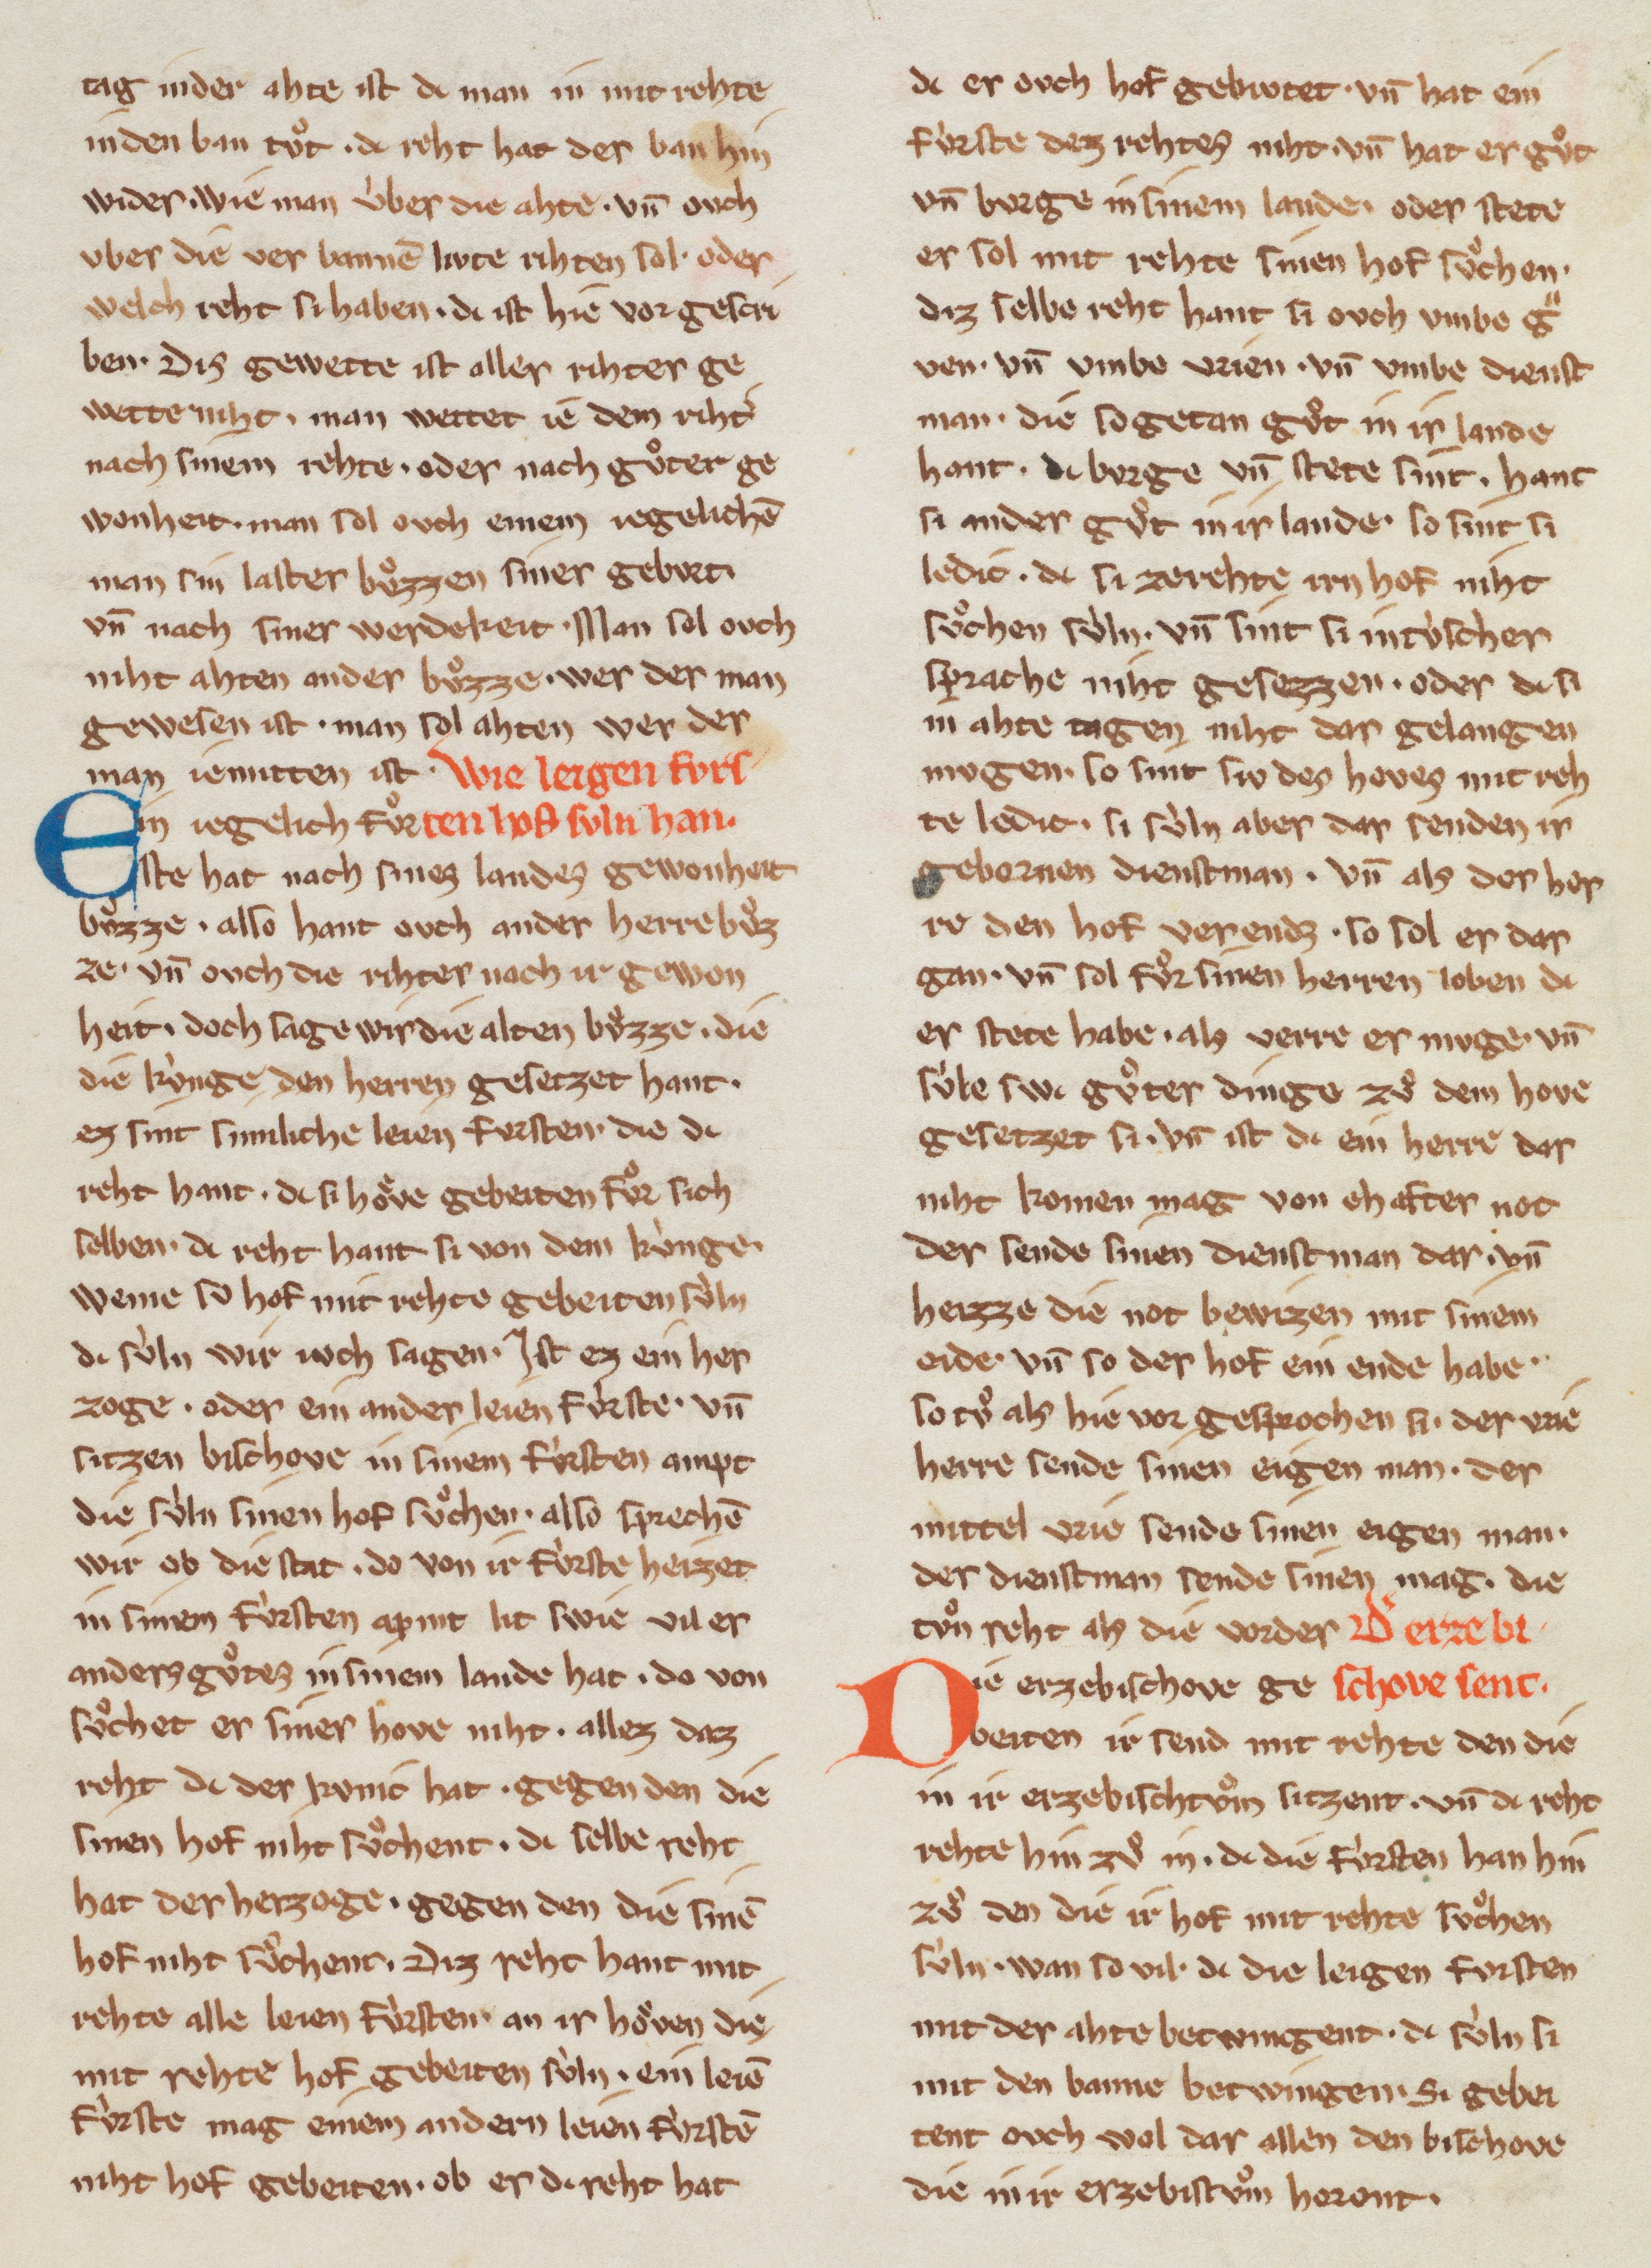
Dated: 1270–1330